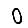
Digit: 0